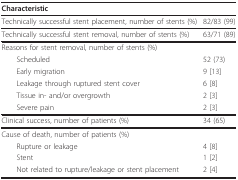
| Characteristic |  |
 | --- | --- |
 | Technically successful stent placement, number of stents (%) | 82/83 (99) |
 | Technically successful stent removal, number of stents (%) | 63/71 (89) |
 | Reasons for stent removal, number of stents (%) |  |
 | Scheduled | 52 (73) |
 | Early migration | 9 [13] |
 | Leakage through ruptured stent cover | 6 [8] |
 | Tissue in- and/or overgrowth | 2 [3] |
 | Severe pain | 2 [3] |
 | Clinical success, number of patients (%) | 34 (65) |
 | Cause of death, number of patients (%) |  |
 | Rupture or leakage | 4 [8] |
 | Stent | 1 [2] |
 | Not related to rupture/leakage or stent placement | 2 [4] |